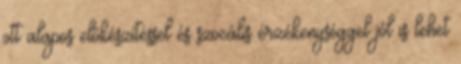
ott alapos előkészítéssel és szocális érzékenységgel jól is lehet